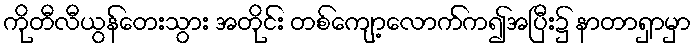
ကိုတီလီယွန်တေးသွား အတိုင်း တစ်ကျော့လောက်က၍အပြီး၌ နာတာရှာမှာ